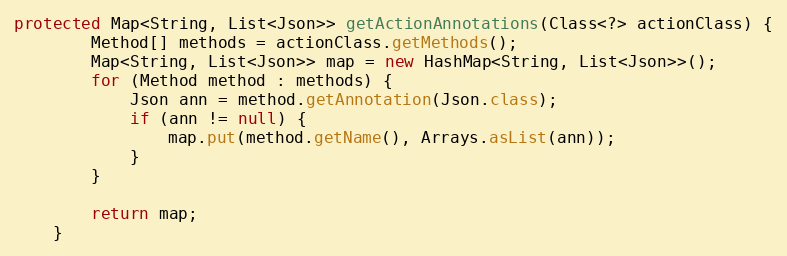
Language: Java
protected Map<String, List<Json>> getActionAnnotations(Class<?> actionClass) {
		Method[] methods = actionClass.getMethods();
		Map<String, List<Json>> map = new HashMap<String, List<Json>>();
		for (Method method : methods) {
			Json ann = method.getAnnotation(Json.class);
			if (ann != null) {
				map.put(method.getName(), Arrays.asList(ann));
			}
		}

		return map;
	}